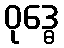
ဝုဒ္ဓေ